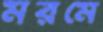
মরমে